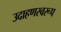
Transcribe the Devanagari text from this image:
उदाहणस्वरूप